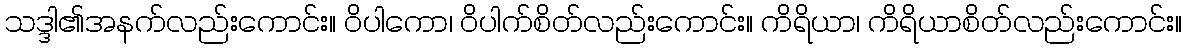
သဒ္ဒါ၏အနက်လည်းကောင်း။ ဝိပါကော၊ ဝိပါက်စိတ်လည်းကောင်း။ ကိရိယာ၊ ကိရိယာစိတ်လည်းကောင်း။